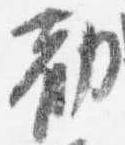
勧